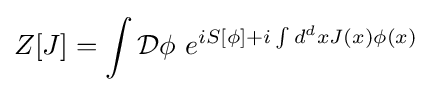
Z[J]=\int {\mathcal {D}}\phi \ e^{iS[\phi ]+i\int d^{d}xJ(x)\phi (x)}